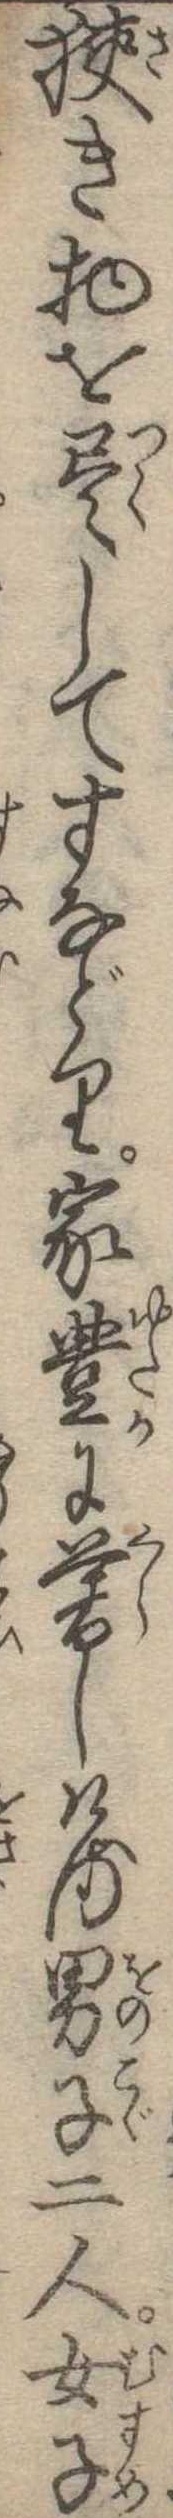
狭き物を尽してすなどり家豊に暮しける男子二人女子